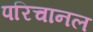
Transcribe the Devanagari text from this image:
परिचानल